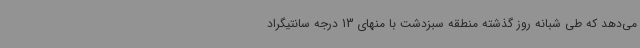
می‌دهد که طی شبانه روز گذشته منطقه سبزدشت با منهای 13 درجه سانتیگراد